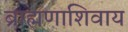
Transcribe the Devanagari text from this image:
ब्राह्मणाशिवाय